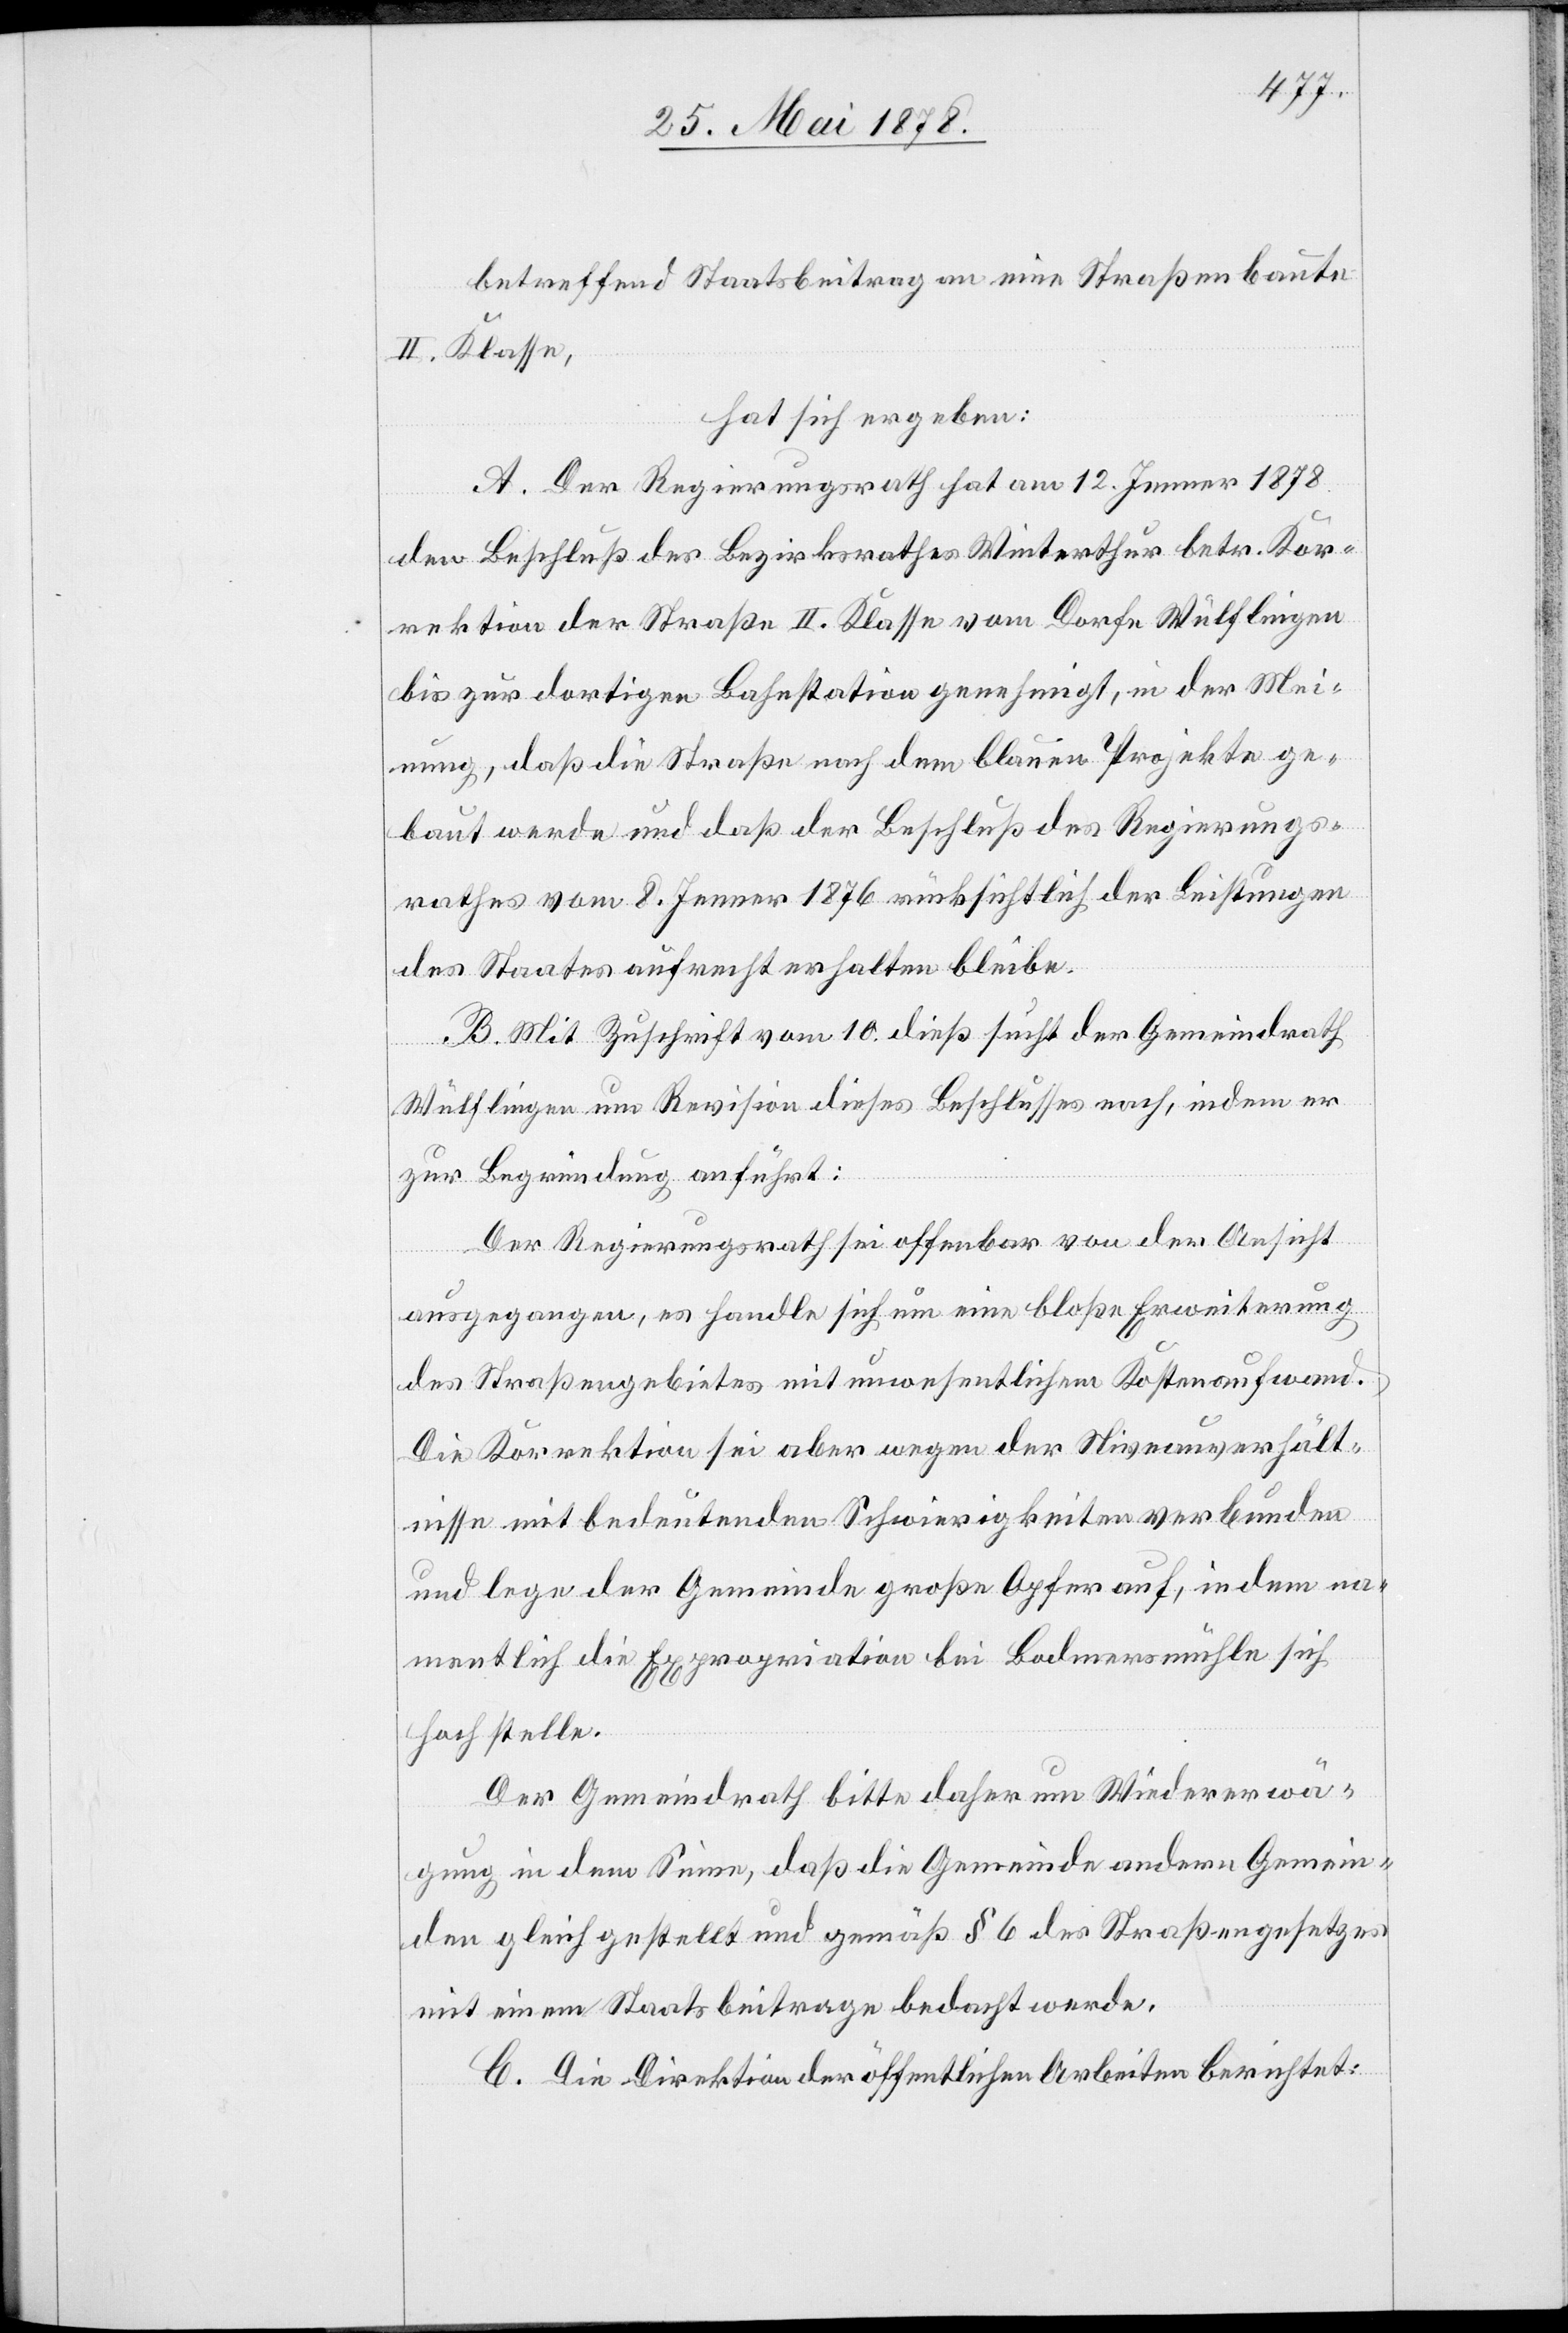
betreffend Staatsbeitrag an eine Straßenbaute
II. Klasse,
hat sich ergeben:
A. Der Regierungsrath hat am 12. Jenner 1878
den Beschluß des Bezirksrathes Winterthur betr. Kor¬
rektion der Straße II. Klasse vom Dorfe Wülflingen
bis zur dortigen Bahnstation genehmigt, in der Mei¬
nung, dass die Straße nach dem blauen Projekte ge¬
baute werde und dass der Beschluß des Regierungs¬
rathes vom 8. Jenner 1876 rücksichtlich der Leistungen
des Staates aufrecht erhalten bleibe.
B. Mit Zuschrift vom 10. dieß sucht der Gemeindrath
Wülflingen um Revision dieses Beschlusses nach, indem er
zur Begründung anführt:
Der Regierungsrath sei offenbar von der Ansicht
ausgegangen, es handle sich um eine bloße Erweiterung
des Straßengebietes mit unwesentlichem Kostenaufwand.
Die Korrektion sei aber wegen Niveauverhält¬
nisse mit bedeutenden Schwierigkeiten verbunden
und lege der Gemeinde große Opfer auf, in dem na¬
mentlich die Expropriation bei Bodmersmühle sich
hoch stelle.
Der Gemeindrath bitte daher um Wiedererwä¬
gung in dem Sinne, daß die Gemeinde andere Gemein¬
den gleichgestellt und gemäß § 6 des Straßengesetzes
mit einem Staatsbeitrage bedacht werde.
C. Die Direktion der öffentlichen Arbeiten berichtet: